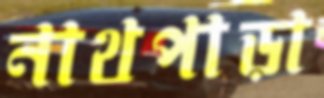
নাথপাড়া